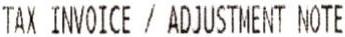
TAX INVOICE / ADJUSTMENT NOTE